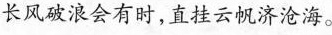
长风破浪会有时，直挂云帆济沧海。